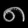
Digit: ၈